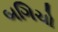
બગિચો